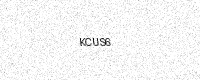
Text: KCUS6